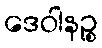
ဒေဝါနဉ္စ